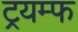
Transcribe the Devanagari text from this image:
ट्रयम्फ